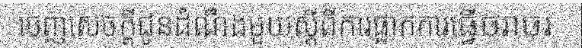
ចេញសេចក្តីជូនដំណឹងមួយស្តីពីការផ្អាកការធ្វើចរាចរ